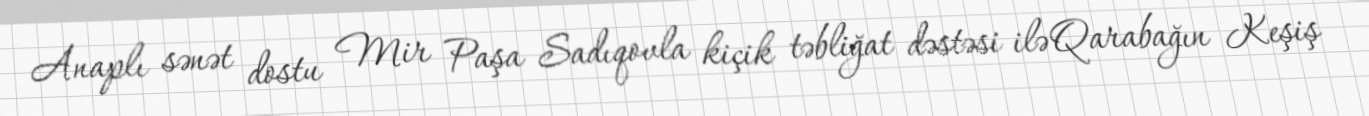
Anaplı sənət dostu Mir Paşa Sadıqovla kiçik təbliğat dəstəsi ilə Qarabağın Keşiş